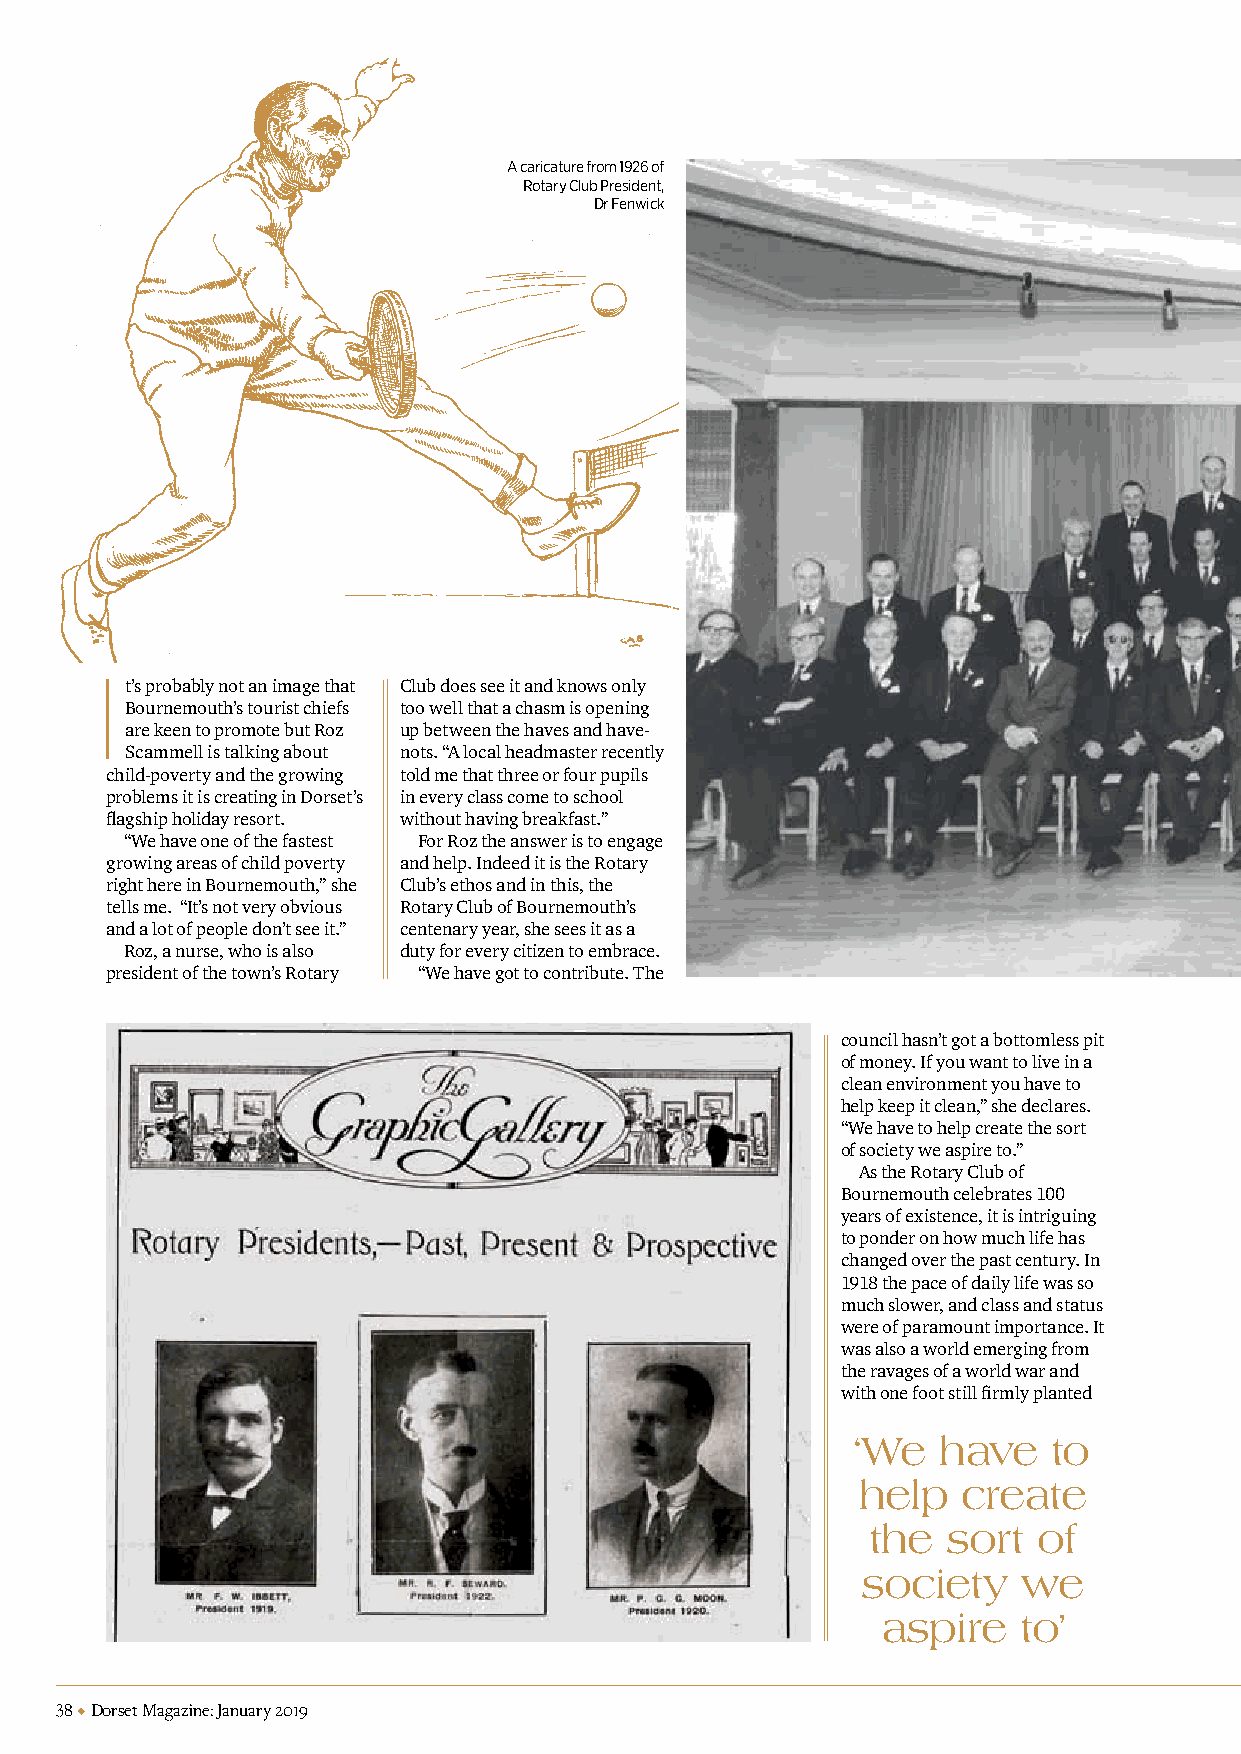
A caricature from 1926 of
 Rotary Club President,
 Dr Fenwick
 I
 t’s probably not an image that Club does see it and knows only
 Bournemouth’s tourist chiefs too well that a chasm is opening
 are keen to promote but Roz up between the haves and have-
 Scammell is talking about nots. “A local headmaster recently
 child-poverty and the growing told me that three or four pupils
 problems it is creating in Dorset’s in every class come to school
 flagship holiday resort. without having breakfast.”
 “We have one of the fastest For Roz the answer is to engage
 growing areas of child poverty and help. Indeed it is the Rotary
 right here in Bournemouth,” she Club’s ethos and in this, the
 tells me. “It’s not very obvious Rotary Club of Bournemouth’s
 and a lot of people don’t see it.” centenary year, she sees it as a
 Roz, a nurse, who is also duty for every citizen to embrace.
 president of the town’s Rotary “We have got to contribute. The
 council hasn’t got a bottomless pit
 of money. If you want to live in a
 clean environment you have to
 help keep it clean,” she declares.
 “We have to help create the sort
 of society we aspire to.”
 As the Rotary Club of
 Bournemouth celebrates 100
 years of existence, it is intriguing
 to ponder on how much life has
 changed over the past century. In
 1918 the pace of daily life was so
 much slower, and class and status
 were of paramount importance. It
 was also a world emerging from
 the ravages of a world war and
 with one foot still firmly planted
 ‘We  have    to
 help   create
 the   sort  of
 society    we
 aspire    to’
 38  Dorset Magazine: January 2019